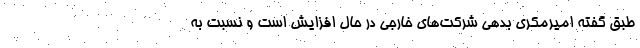
طبق گفته امیرمکری بدهی شرکت‌های خارجی در حال افزایش است و نسبت به